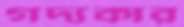
গদ্যকার